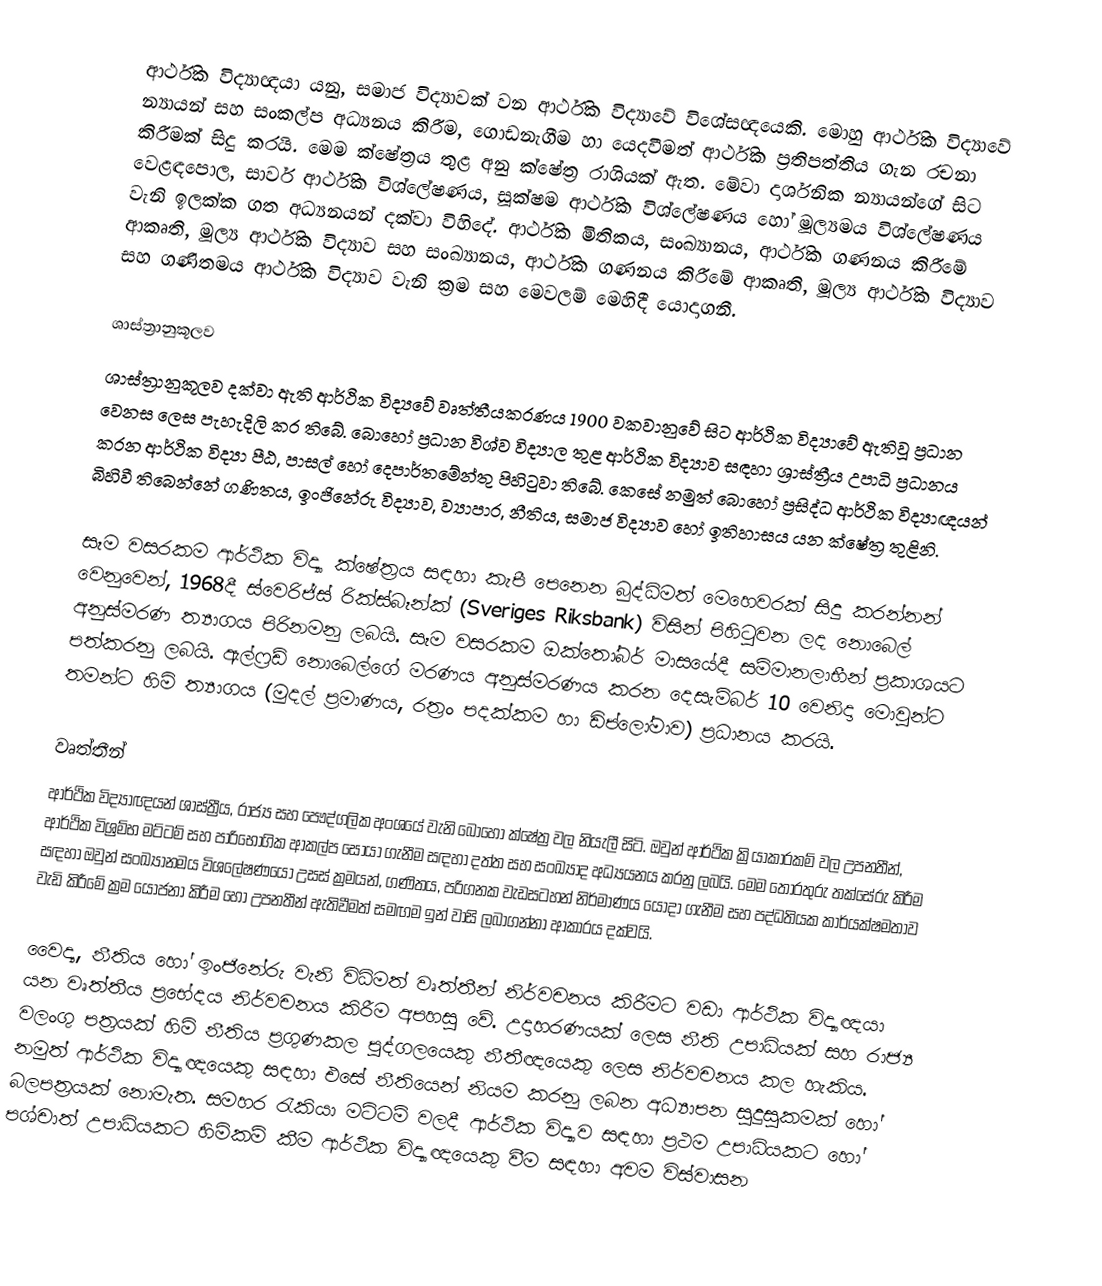
ආර්ථික විද්‍යාඥයා යනු, සමාජ විද්‍යාවක් වන ආර්ථික විද්‍යාවේ විශේසඥයෙකි.  මොහු ආර්ථික විද්‍යාවේ න්‍යායන් සහ සංකල්ප අධ්‍යනය කිරීම, ගොඩනැගීම හා යෙදවීමත් ආර්ථික ප්‍රතිපත්තිය ගැන රචනා කිරීමක් සිදු කරයි.  මෙම ක්ෂේත්‍රය තුළ අනු ක්ෂේත්‍ර රාශියක් ඇත.  මේවා දාර්ශනික න්‍යායන්ගේ සිට වෙළඳපොල, සාර්ව ආර්ථික විශ්ලේෂණය, සූක්ෂම ආර්ථික විශ්ලේෂණය හෝ මූල්‍යමය විශ්ලේෂණය වැනි ඉලක්ක ගත අධ්‍යනයන් දක්වා විහිදේ.  ආර්ථික මිතිකය, සංඛ්‍යානය, ආර්ථික ගණනය කිරීමේ ආකෘති, මූල්‍ය ආර්ථික විද්‍යාව සහ සංඛ්‍යානය, ආර්ථික ගණනය කිරීමේ ආකෘති, මූල්‍ය ආර්ථික විද්‍යාව සහ ගණිතමය ආර්ථික විද්‍යාව වැනි ක්‍රම සහ මෙවලම් මෙහිදී යොදාගනී.

ශාස්ත්‍රානුකූලව
ශාස්ත්‍රානුකූලව දක්වා ඇති ආර්ථික විද්‍යවේ වෘත්තීයකරණය 1900 වකවානුවේ සිට ආර්ථික විද්‍යාවේ ඇතිවූ ප්‍රධාන වෙනස ලෙස පැහැදිලි කර තිබේ.  බොහෝ ප්‍රධාන විශ්ව විද්‍යාල තුළ ආර්ථික විද්‍යාව සඳහා ශ්‍රාස්ත්‍රීය උපාධි ප්‍රධානය කරන ආර්ථික විද්‍යා පීඨ, පාසල් හෝ දෙපාර්තමේන්තු පිහිටුවා තිබේ.  කෙසේ නමුත් බොහෝ ප්‍රසිද්ධ ආර්ථික විද්‍යාඥයන් බිහිවී තිබෙන්නේ ගණිතය, ඉංජිනේරු විද්‍යාව, ව්‍යාපාර, නීතිය, සමාජ විද්‍යාව හෝ ඉතිහාසය යන ක්ෂේත්‍ර තුළිනි.

සෑම වසරකම ආර්ථික විද්‍යා ක්ෂේත්‍රය සඳහා කැපී පෙනෙන බුද්ධිමත් මෙහෙවරක් සිදු කරන්නන් වෙනුවෙන්, 1968දී ස්වෙරිජ්ස් රික්ස්බෑන්ක් (Sveriges Riksbank) විසින් පිහිටුවන ලද නොබෙල් අනුස්මරණ ත්‍යාගය පිරිනමනු ලබයි.  සෑම වසරකම ඔක්තෝබර් මාසයේදී සම්මානලාභීන් ප්‍රකාශයට පත්කරනු ලබයි.  ඇල්ෆ්‍රඩ් නොබෙල්ගේ මරණය අනුස්මරණය කරන දෙසැම්බර් 10 වෙනිදා මොවුන්ට තමන්ට හිමි ත්‍යාගය (මුදල් ප්‍රමාණය, රත්‍රං පදක්කම හා ඩිප්ලෝමාව) ප්‍රධානය කරයි.

වෘත්තීන්
ආර්ථික විද්‍යාඥයන් ශාස්ත්‍රීය, රාජ්‍ය සහ පෞද්ගලික අංශයේ වැනි බොහෝ ක්ෂේත්‍ර වල නියැලී සිටි.  ඔවුන් ආර්ථික ක්‍රියාකාරකම් වල උපනතීන්, ආර්ථික විශ්‍රම්භ මට්ටම් සහ පාරිභෝගික ආකල්ප සොයා ගැනීම සඳහා දත්ත සහ සංඛ්‍යාද අධ්‍යයනය කරනු ලබයි.  මෙම තොරතුරු තක්සේරු කිරීම සඳහා ඔවුන් සංඛ්‍යානමය විශලේෂණයෝ උසස් ක්‍රමයන්, ගණිතය, පරිගනක වැඩසටහන් නිර්මාණය යොදා ගැනීම සහ පද්ධතියක කාර්යක්ෂමතාව වැඩි කිරීමේ ක්‍රම යෝජනා කිරීම හෝ උපනතීන් ඇතිවීමත් සමඟම ඉන් වාසි ලබාගන්නා ආකාරය දක්වයි.

වෛද්‍ය, නීතිය හෝ ඉංජිනේරු වැනි විධිමත් වෘත්තීන් නිර්වචනය කිරීමට වඩා ආර්ථික විද්‍යාඥයා යන වෘත්තීය ප්‍රභේදය නිර්වචනය කිරීම අපහසු වේ.  උදාහරණයක් ලෙස නීති උපාධියක් සහ රාජ්‍ය වලංගු පත්‍රයක් හිමි නීතිය ප්‍රගුණකල පුද්ගලයෙකු නීතීඥයෙකු ලෙස නිර්වචනය කල හැකිය.  නමුත් ආර්ථික විද්‍යාඥයෙකු සඳහා එසේ නීතියෙන් නියම කරනු ලබන අධ්‍යාපන සුදුසුකමක් හෝ බලපත්‍රයක් නොමැත.  සමහර රැකියා මට්ටම් වලදී ආර්ථික විද්‍යාව සඳහා ප්‍රථම උපාධියකට හෝ පශ්චාත් උපාධියකට හිමිකම් කීම ආර්ථික විද්‍යාඥයෙකු වීම සඳහා අවම විස්වාසන